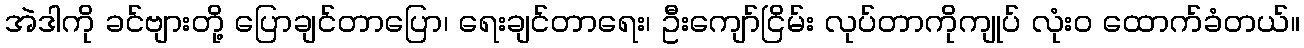
အဲဒါကို ခင်ဗျားတို့ ပြောချင်တာပြော၊ ရေးချင်တာရေး၊ ဦးကျော်ငြိမ်း လုပ်တာကိုကျုပ် လုံးဝ ထောက်ခံတယ်။